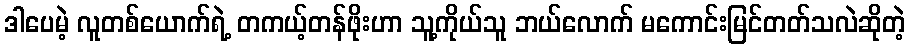
ဒါပေမဲ့ လူတစ်ယောက်ရဲ့ တကယ့်တန်ဖိုးဟာ သူ့ကိုယ်သူ ဘယ်လောက် မကောင်းမြင်တတ်သလဲဆိုတဲ့